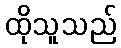
ထိုသူသည်